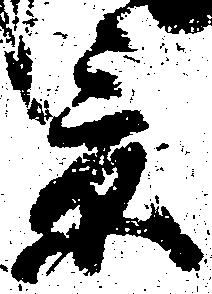
景